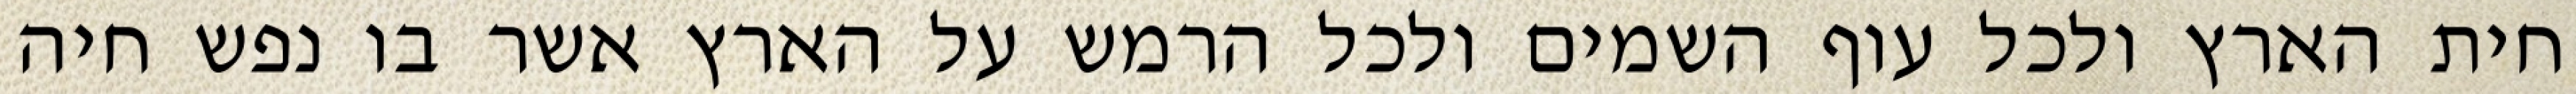
חית הארץ ולכל עוף השמים ולכל הרמש על הארץ אשר בו נפש חיה